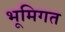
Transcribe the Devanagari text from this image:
भूमिगत